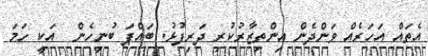
އެތައް އަހަރެއް ވަންދެން އިންތިޒާރުކުރި ދަރިފުޅު. ބައްޕަ ބުނިހެން  އަކީ ހަމަ